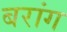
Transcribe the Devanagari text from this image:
बरांग